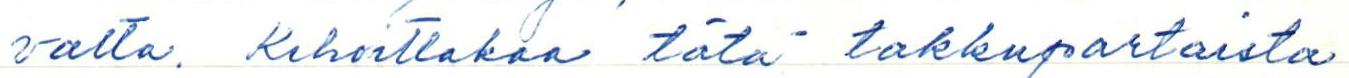
valta. Kehoittakaa tätä takkupartaista